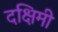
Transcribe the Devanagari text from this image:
दक्षिमी